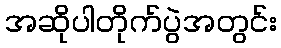
အဆိုပါတိုက်ပွဲအတွင်း